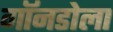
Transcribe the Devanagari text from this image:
गॉनडोला